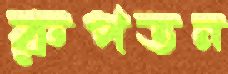
রুপতন